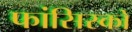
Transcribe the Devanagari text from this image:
फांसिस्को